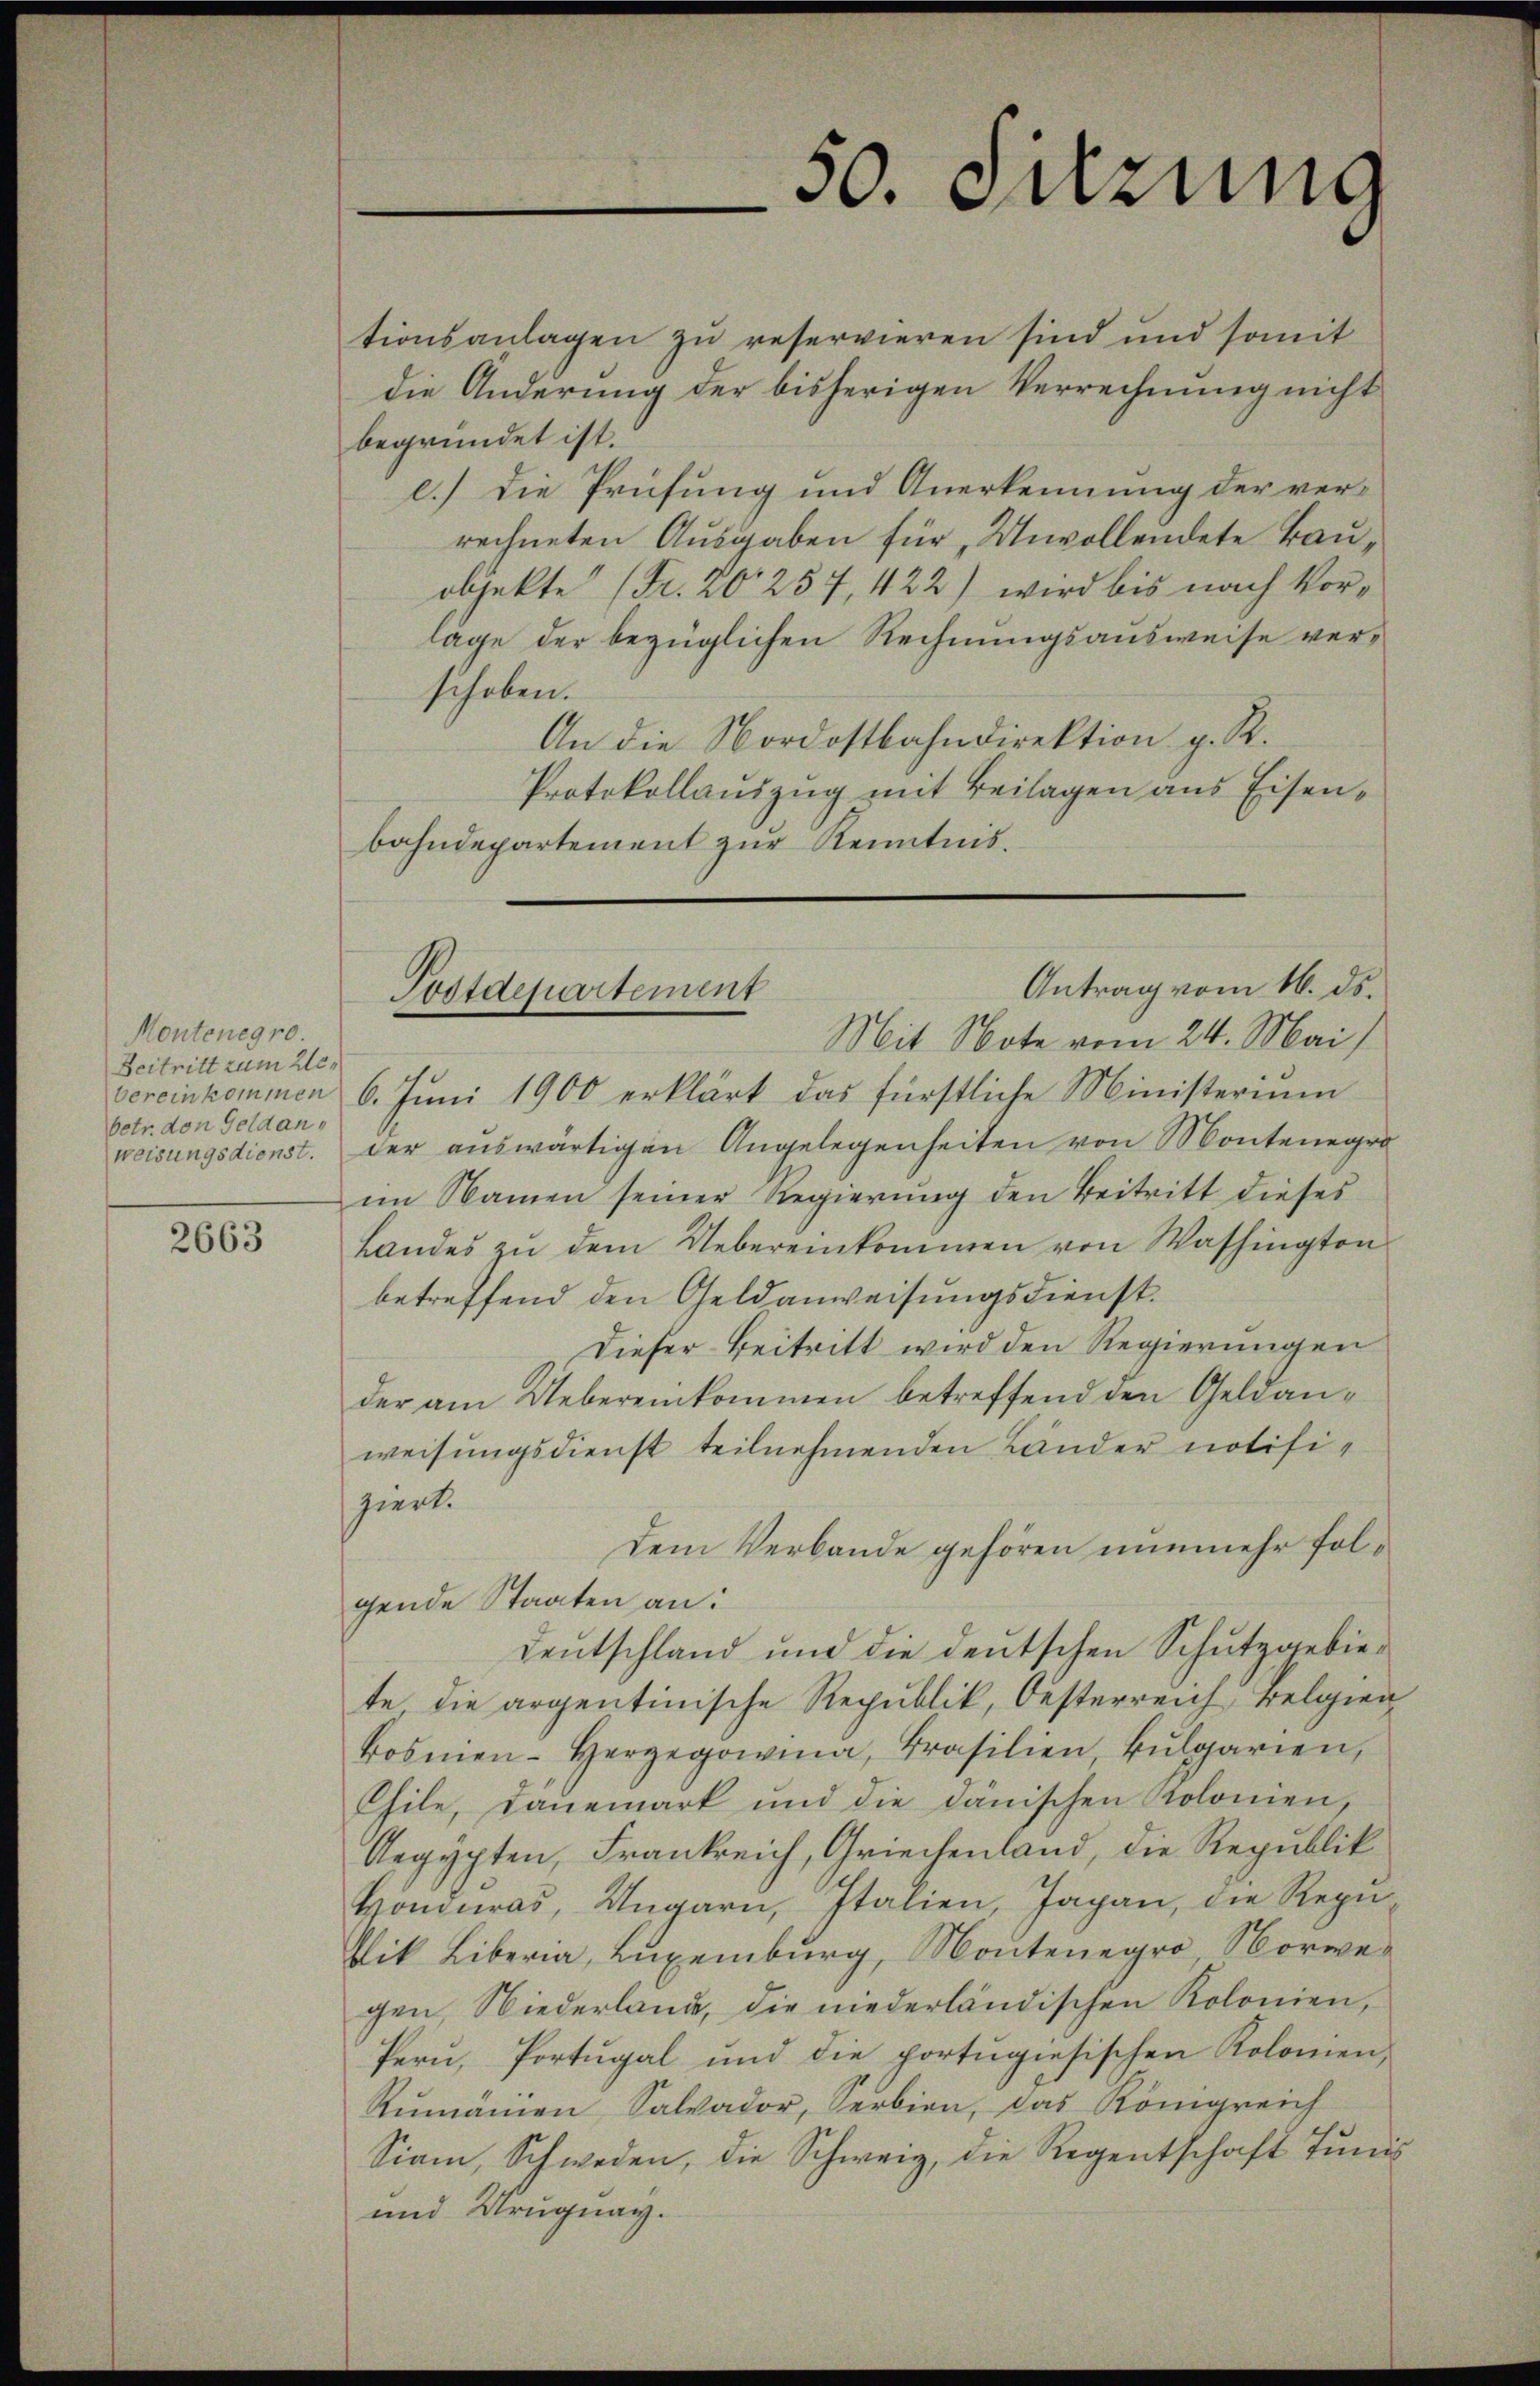
Montenegro.
Beitritt zum Webereinkommen
betr. den Geldanweisungsdienst.

2663

tionsanlagen zu reservieren sind und somit
die Änderung der bisherigen Verrechnung nicht
begründet ist.
l.) Die Prüfung und Anerkennung der verrechneten Ausgaben für Unvollendete Bauobjekte (Fr. 20257, 422) wird bis nach Vorlage der bezüglichen Rechnungsausweise verschoben.
An die Nordostbahndirektion g. R.
Protokollauszug mit Beilagen aus Eisenbahndepartement zur Kenntnis.

50. Seizung

Antrag vom 16. ds.
Postdepartement

Mit Note vom 24. Mai
6. Juni 1900 erklärt das fürstliche Ministerium
der auswärtigen Angelegenheiten von Montenegro
im Namen seiner Regierung den Beitritt dieses
Landes zu dem Uebereinkommen von Washington
betreffend den Geldanweisungsdienst.
Dieser Beitritt wird den Regierungen
der am Uebereinkommen betreffend den Geldanweisungsdienst teilnehmenden Länder notifiziert.
dem Verbande gehören nunmehr folgende Staaten an:
Deutschland und die deutschen Schutzgebiete die argentinische Republik, Oesterreich, Belgien
kosmen-Herzegowina, Brasilien, kulgarien,
Chile, danemark und die dänischen Kolonien,
Aegypten, Frankreich, Griechenland, die Republik
Honduras, Ungarn, Italien, Japan, die Repu
lik Liberia, Luxenburg, Montenegro, Norwegen, Niederlande, die niederländischen Kolonien,
Pern, Portugal und die portugiesischen Kolonien,
Rŭmanien Salvador, Serbien, das Königreich
Siani, Schweden, die Schweiz, die Regentschaft Tunis
und Uruguay.